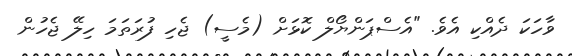
ވާހަކަ ދެއްކި އެވެ. "އެސްޕަންޔޯލް ކޮޅަށް (މެސީ) ޖެހި ފުރަތަމަ ހިލޭ ޖެހުން